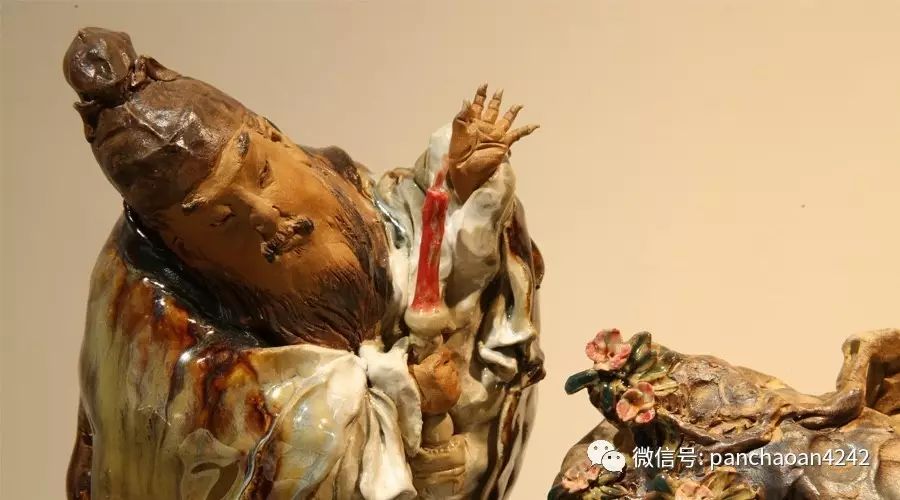
只恐夜深花睡去，故烧高烛照红妆。